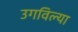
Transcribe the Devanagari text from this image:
उगविल्या